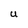
Character: U